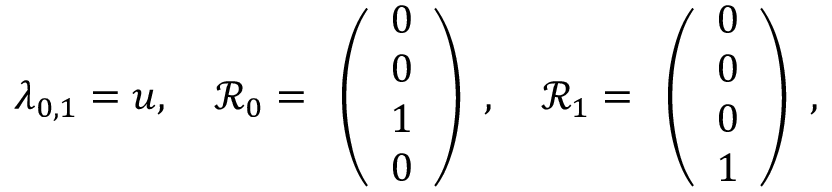
\lambda _ { 0 , 1 } = u , \quad \mathcal { R } _ { 0 } = \begin{array} { l } { \left( \begin{array} { l } { 0 } \\ { 0 } \\ { 1 } \\ { 0 } \end{array} \right) } \end{array} , \quad \mathcal { R } _ { 1 } = \begin{array} { l } { \left( \begin{array} { l } { 0 } \\ { 0 } \\ { 0 } \\ { 1 } \end{array} \right) } \end{array} ,